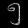
Digit: ၅